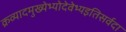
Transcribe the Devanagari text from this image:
क्रव्यादमुख्येभ्योदेवेभ्यइतिसर्वदा